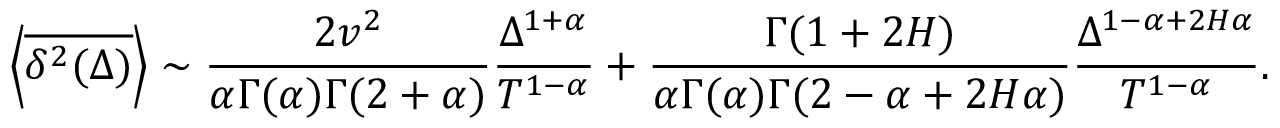
\left< \overline { { \delta ^ { 2 } ( \Delta ) } } \right> \sim \frac { 2 v ^ { 2 } } { \alpha \Gamma ( \alpha ) \Gamma ( 2 + \alpha ) } \frac { \Delta ^ { 1 + \alpha } } { T ^ { 1 - \alpha } } + \frac { \Gamma ( 1 + 2 H ) } { \alpha \Gamma ( \alpha ) \Gamma ( 2 - \alpha + 2 H \alpha ) } \frac { \Delta ^ { 1 - \alpha + 2 H \alpha } } { T ^ { 1 - \alpha } } .